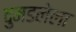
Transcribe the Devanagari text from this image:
दुमडलेला